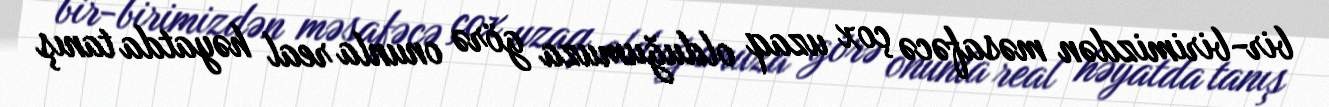
bir-birimizdən məsafəcə çox uzaq olduğumuza görə onunla real həyatda tanış